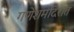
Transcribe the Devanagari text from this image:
गणेशमंदिरात